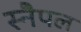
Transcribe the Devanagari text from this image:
स्नैपल